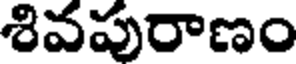
శివపురాణం